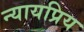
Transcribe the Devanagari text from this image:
न्‍यायप्रिय